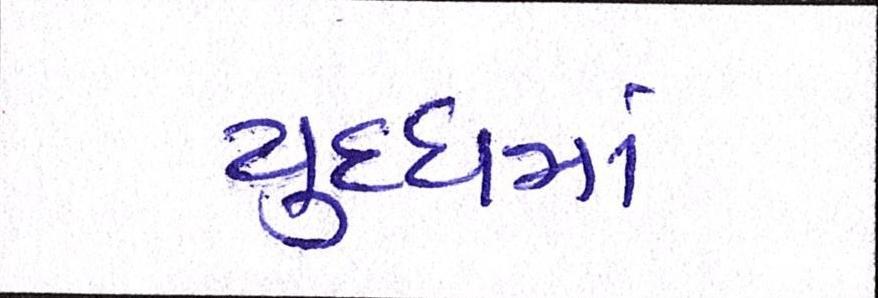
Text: યુધ્ધમાં